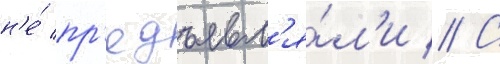
н'е́ пр'едъявл'я́л'и // С